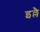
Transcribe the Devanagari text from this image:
इल्लै